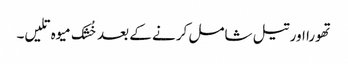
تھورا اور تیل شامل کرنے کے بعد خُشک میوہ تلیں۔